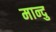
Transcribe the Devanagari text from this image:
मान्दु